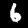
Digit: 6